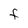
Character: F